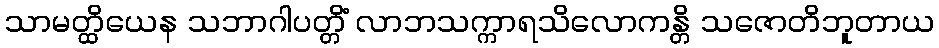
သာမတ္ထိယေန သဘာဂါပတ္တိံ လာဘသက္ကာရသိလောကန္တိ သဇောတိဘူတာယ